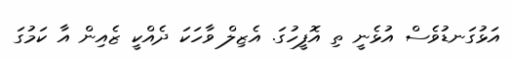
އަޅުގަނޑުވެސް އުޅެނީ ތި އޮފީހުގަ. އެޒިލް ވާހަކަ ދެއްކީ ޒެއިން އާ ކަމުގަ